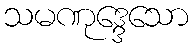
သမဏုဒ္ဒေသော